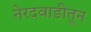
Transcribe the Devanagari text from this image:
नेरदवाडीतून